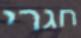
חגרי